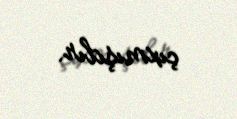
çıxmışdır.